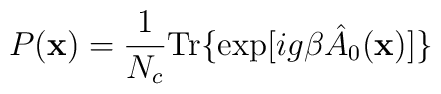
P({\bf x}) = \frac 1{N_c} {\rm Tr} \{ \exp[ig\beta \hat{A}_0({\bf x}) ] \}